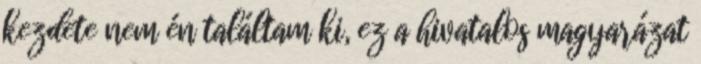
kezdete nem én találtam ki, ez a hivatalos magyarázat